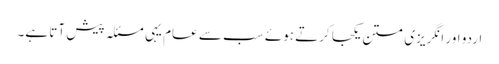
اردو اور انگریزی متن یکجا کرتے ہوئے سب سے عام یہی مسئلہ پیش آتا ہے۔